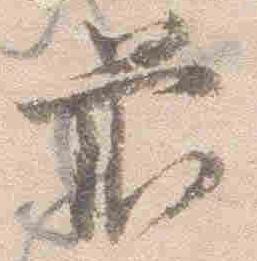
前